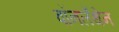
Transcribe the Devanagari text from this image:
वॉनलँथेन